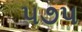
૫૭૫